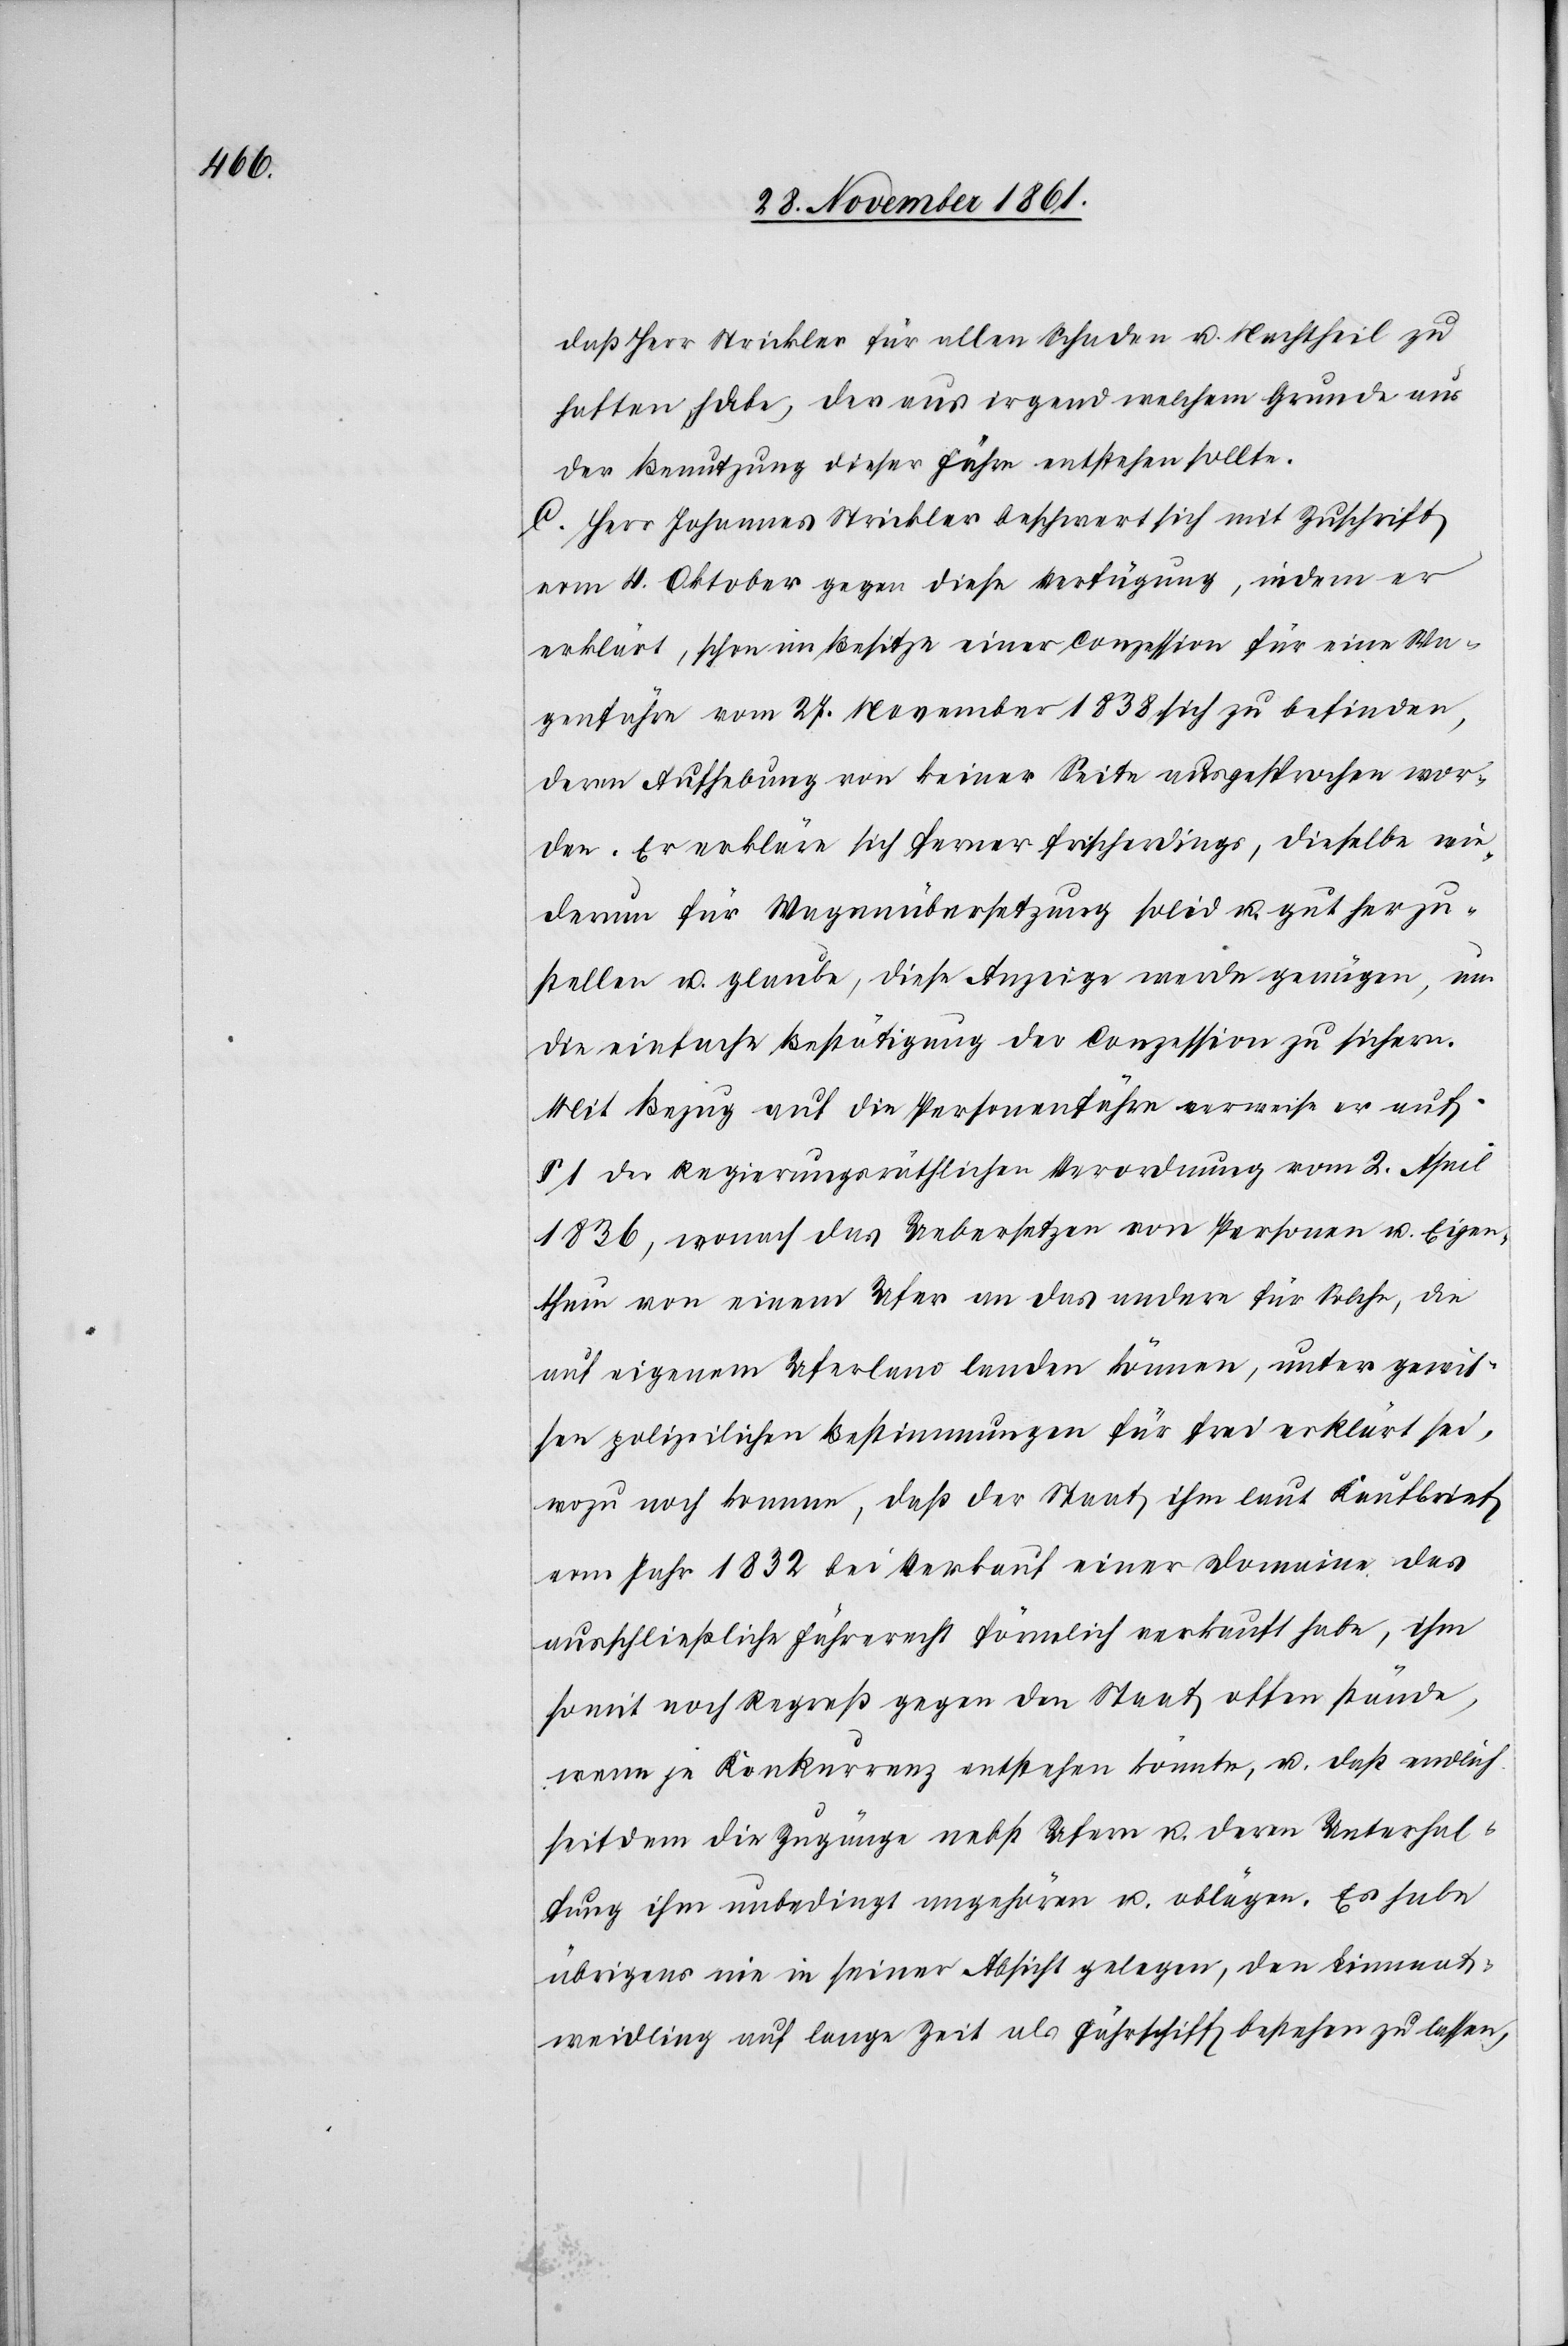
daß Herr Strickler für allen Schaden u. Nachtheil zu
haften habe, der aus irgend welchem Grunde aus
der Benutzung dieser Fähre entstehen sollte.
C. Herr Johannes Strickler beschwert sich mit Zuschrift
vom 4 Oktober gegen diese Verfügung, indem er
erklärt, schon im Besitze einer Conzession für eine Wa¬
genfähre vom 27 November 1838 sich zu befinden,
deren Aufhebung von keiner Seite ausgesprochen wor¬
den. Er erkläre sich ferner frischerdings, dieselbe wie¬
derum für Wagenübersetzung solid u. gut herzu¬
stellen u. glaube, diese Anzeige werde genügen, um
die einfache Bestätigung der Conzession zu sichern.
Mit Bezug auf die Personenfähre verweise er auf
§ 1 der Regierungsräthlichen Verordnung vom 2 April
1836, wonach das Uebersetzen von Personen u. Eigen¬
thum von einem Ufer an das andere für solche, die
auf eigenem Uferland landen können, unter gewis¬
sen polizeilichen Bestimmungen für frei erklärt sei,
wozu noch komme, daß der Staat ihm laut Kaufbrief
vom Jahr 1832 bei Verkauf einer Domaine das
ausschließliche Fährerecht förmlich verkauft habe, ihm
somit noch Regreß gegen den Staat offen stände,
wenn je Konkurrenz entstehen könnte, u. daß endlich
seitdem die Zugänge nebst Ufern u. deren Unterhal¬
tung ihm unbedingt angehören u. oblägen. Es habe
übrigens nie in seiner Absicht gelegen, den Limmat¬
weidling auf lange Zeit als Fährschiff bestehen zu lassen,